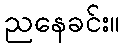
ညနေခင်း။